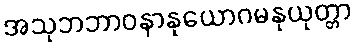
အသုဘဘာဝနာနုယောဂမနုယုတ္တာ